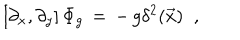
LaTeX: \left[ \partial _ { x } , \partial _ { y } \right] \Phi _ { g } \, = \, - \, g \delta ^ { 2 } ( \vec { x } ) \; \; ,